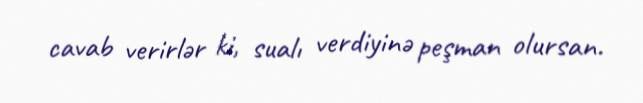
cavab verirlər ki, sualı verdiyinə peşman olursan.